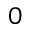
0